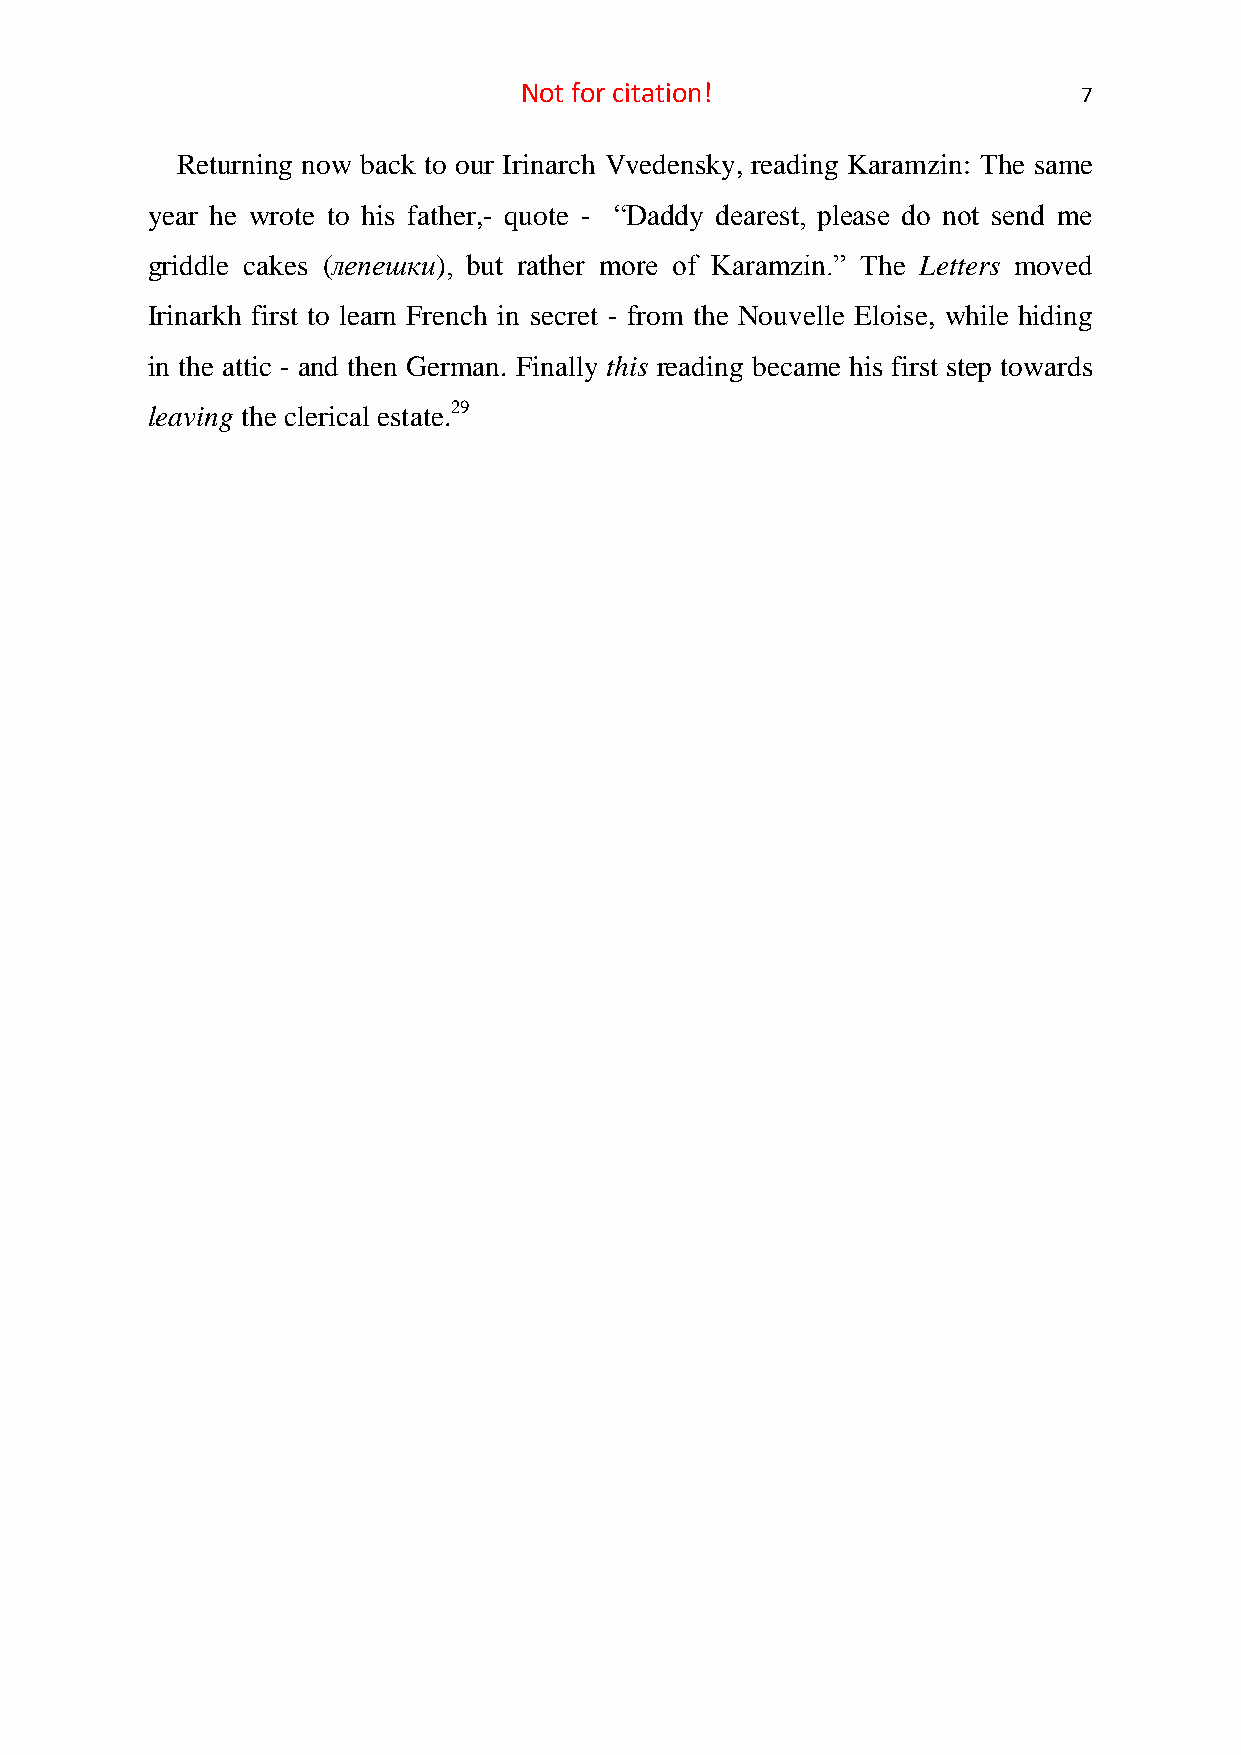
Not for citation!                     7
 Returning now back to our Irinarch Vvedensky, reading Karamzin: The same
 year he wrote to his father,- quote - “Daddy dearest, please do not send me
 griddle cakes (лепешки), but rather more of Karamzin.” The Letters moved
 Irinarkh first to learn French in secret - from the Nouvelle Eloise, while hiding
 in the attic - and then German. Finally this reading became his first step towards
 leaving the clerical estate.29